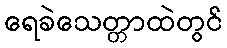
ရေခဲသေတ္တာထဲတွင်